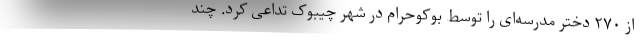
از ۲۷۰ دختر مدرسه‌ای را توسط بوکوحرام در شهر چیبوک تداعی کرد. چند